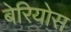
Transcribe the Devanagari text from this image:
बेरियोस